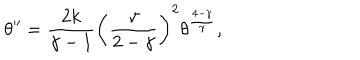
\theta ^ { \prime \prime } = { \frac { 2 k } { \gamma - 1 } } \left( { \frac { \gamma } { 2 - \gamma } } \right) ^ { 2 } \theta ^ { \frac { 4 - \gamma } { \gamma } } ,